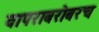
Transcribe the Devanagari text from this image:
वापराबरोबरच